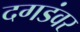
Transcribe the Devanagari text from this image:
दगडंवर